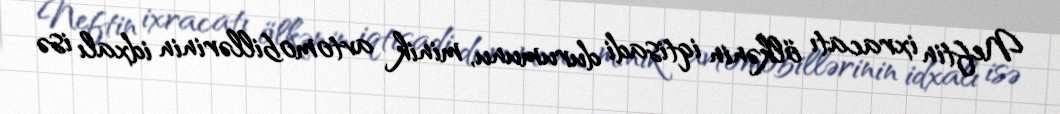
Neftin ixracatı ölkənin iqtisadi durumunu, minik avtomobillərinin idxalı isə